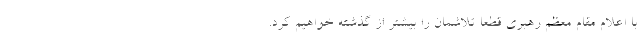
با اعلام مقام معظم رهبری قطعا تلاشمان را بیشتر از گذشته خواهیم کرد.